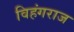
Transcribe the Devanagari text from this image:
विहंगराज